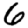
Digit: 6